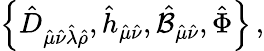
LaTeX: \left\{ \hat{D}_{\hat{\mu}\hat{\nu}\hat{\lambda}\hat{\rho}},\hat{h}_{\hat{\mu}\hat{\nu}},\hat{{\cal B}}_{\hat{\mu}\hat{\nu}},\hat{\Phi}\right\} \, ,